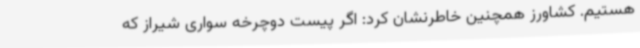
هستیم. کشاورز همچنین خاطرنشان کرد: اگر پیست دوچرخه سواری شیراز که